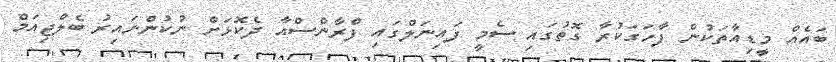
ބައެއް މީޑިއާތަކުން ފާހަގަކުރާ ގޮތުގައި ސެމީ ފައިނަލްގައި ފްރާންސްއާ ދެކޮޅަށް ނުކުންނައިރު ބެލްޖިއަމް